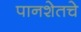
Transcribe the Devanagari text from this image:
पानशेतचे